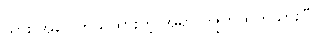
သွား အပေါက်ဖာထားတဲ့ အရာ ကျွတ်ထွက်သွားပြီ။